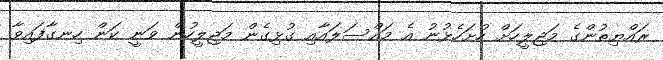
ރައްޔިތުންގެ މަޖިލީހަށް ހުށަހެޅުނު އެ މައްސަލައާއި ގުޅިގެން މަޖިލީހުން ވަނީ ކަން ހިނގާފައިވާ